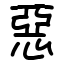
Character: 惡